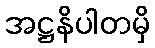
အဋ္ဌနိပါတမှိ